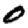
Digit: 0